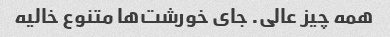
همه چیز عالی. جای خورشت‌ها متنوع خالیه